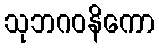
သုဘဂဝနိကော